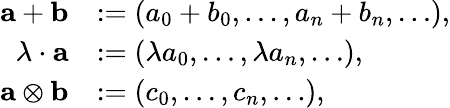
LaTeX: \begin{array}{rl}{\textbf{a}+\textbf{b}}&{:=(a_{0}+b_{0},\dots,a_{n}+b_{n},\dots),}\\ {\lambda\cdot\textbf{a}}&{:=(\lambda a_{0},\dots,\lambda a_{n},\dots),}\\ {\textbf{a}\otimes\textbf{b}}&{:=(c_{0},\dots,c_{n},\dots),}\end{array}